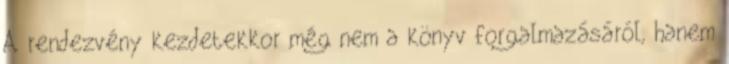
A rendezvény kezdetekkor még nem a könyv forgalmazásáról, hanem